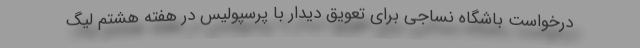
درخواست باشگاه نساجی برای تعویق دیدار با پرسپولیس در هفته هشتم لیگ